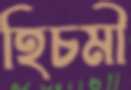
হিচমী